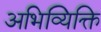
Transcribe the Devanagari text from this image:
अभिव्यिक्ति